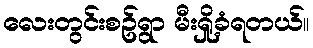
လေးတွင်းစဥ်ရွာ မီးရှို့ခံရတယ်။